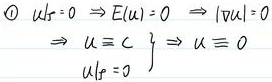
\begin{align*}
& \textcircled{1}\ u|_{\Gamma}=0 \Rightarrow E(u)=0 \Rightarrow |\nabla u| = 0\\
& \Rightarrow u\in C\left.\begin{array}{l}
\\u|_{\Gamma}=0
\end{array}\right\} \Rightarrow u\equiv 0
\end{align*}